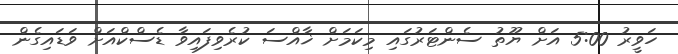
ހަވީރު 5:00 އަށް ޔޫތު ސެންޓަރުގައި މިކަމަށް ޚާއްސަ ކުރެވިފައިވާ ޑެސްކްއަށް ވަޑައިގެން